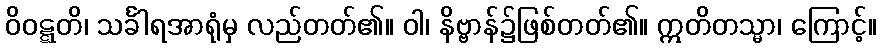
ဝိဝဋ္ဋတိ၊ သင်္ခါရအာရုံမှ လည်တတ်၏။ ဝါ၊ နိဗ္ဗာန်၌ဖြစ်တတ်၏။ ဣတိတသ္မာ၊ ကြောင့်။